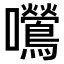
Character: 𫬿